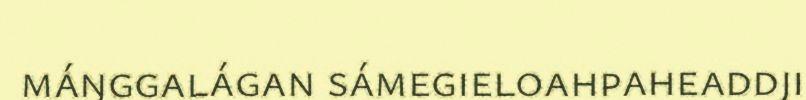
máŋggalágan sámegieloahpaheaddji